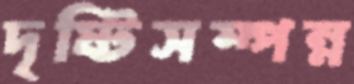
দৃষ্টিসম্পন্ন